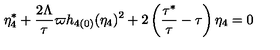
\eta _ { 4 } ^ { \ast } + \frac { 2 \Lambda } { \tau } \varpi h _ { 4 ( 0 ) } ( \eta _ { 4 } ) ^ { 2 } + 2 \left( \frac { \tau ^ { \ast } } { \tau } - \tau \right) \eta _ { 4 } = 0